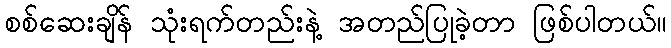
စစ်ဆေးချိန် သုံးရက်တည်းနဲ့ အတည်ပြုခဲ့တာ ဖြစ်ပါတယ်။